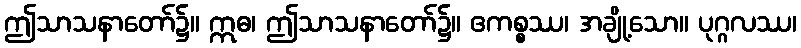
ဤသာသနာတော်၌။ ဣဓ၊ ဤသာသနာတော်၌။ ဧကစ္စဿ၊ အချို့သော။ ပုဂ္ဂလဿ၊